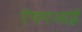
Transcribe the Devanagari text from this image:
ऍफ़एआई